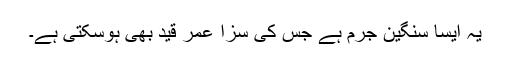
یہ ایسا سنگین جرم ہے جس کی سزا عمر قید بھی ہوسکتی ہے۔